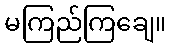
မကြည်ကြချေ။